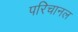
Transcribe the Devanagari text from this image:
परिचानल